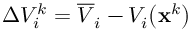
\Delta V _ { i } ^ { k } = \overline { { V } } _ { i } - V _ { i } \big ( \mathbf { x } ^ { k } \big )